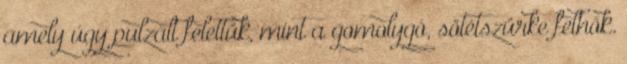
amely úgy pulzált felettük, mint a gomolygó, sötétszürke felhők.